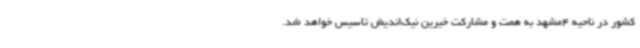
کشور در ناحیه 4مشهد به همت و مشارکت خیرین نیک‌اندیش تاسیس خواهد شد.